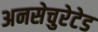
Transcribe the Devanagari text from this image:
अनसेचुरेटेड